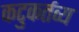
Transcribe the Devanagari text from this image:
कटुकर्तव्य